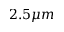
2 . 5 \mu m